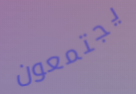
يجتمعون